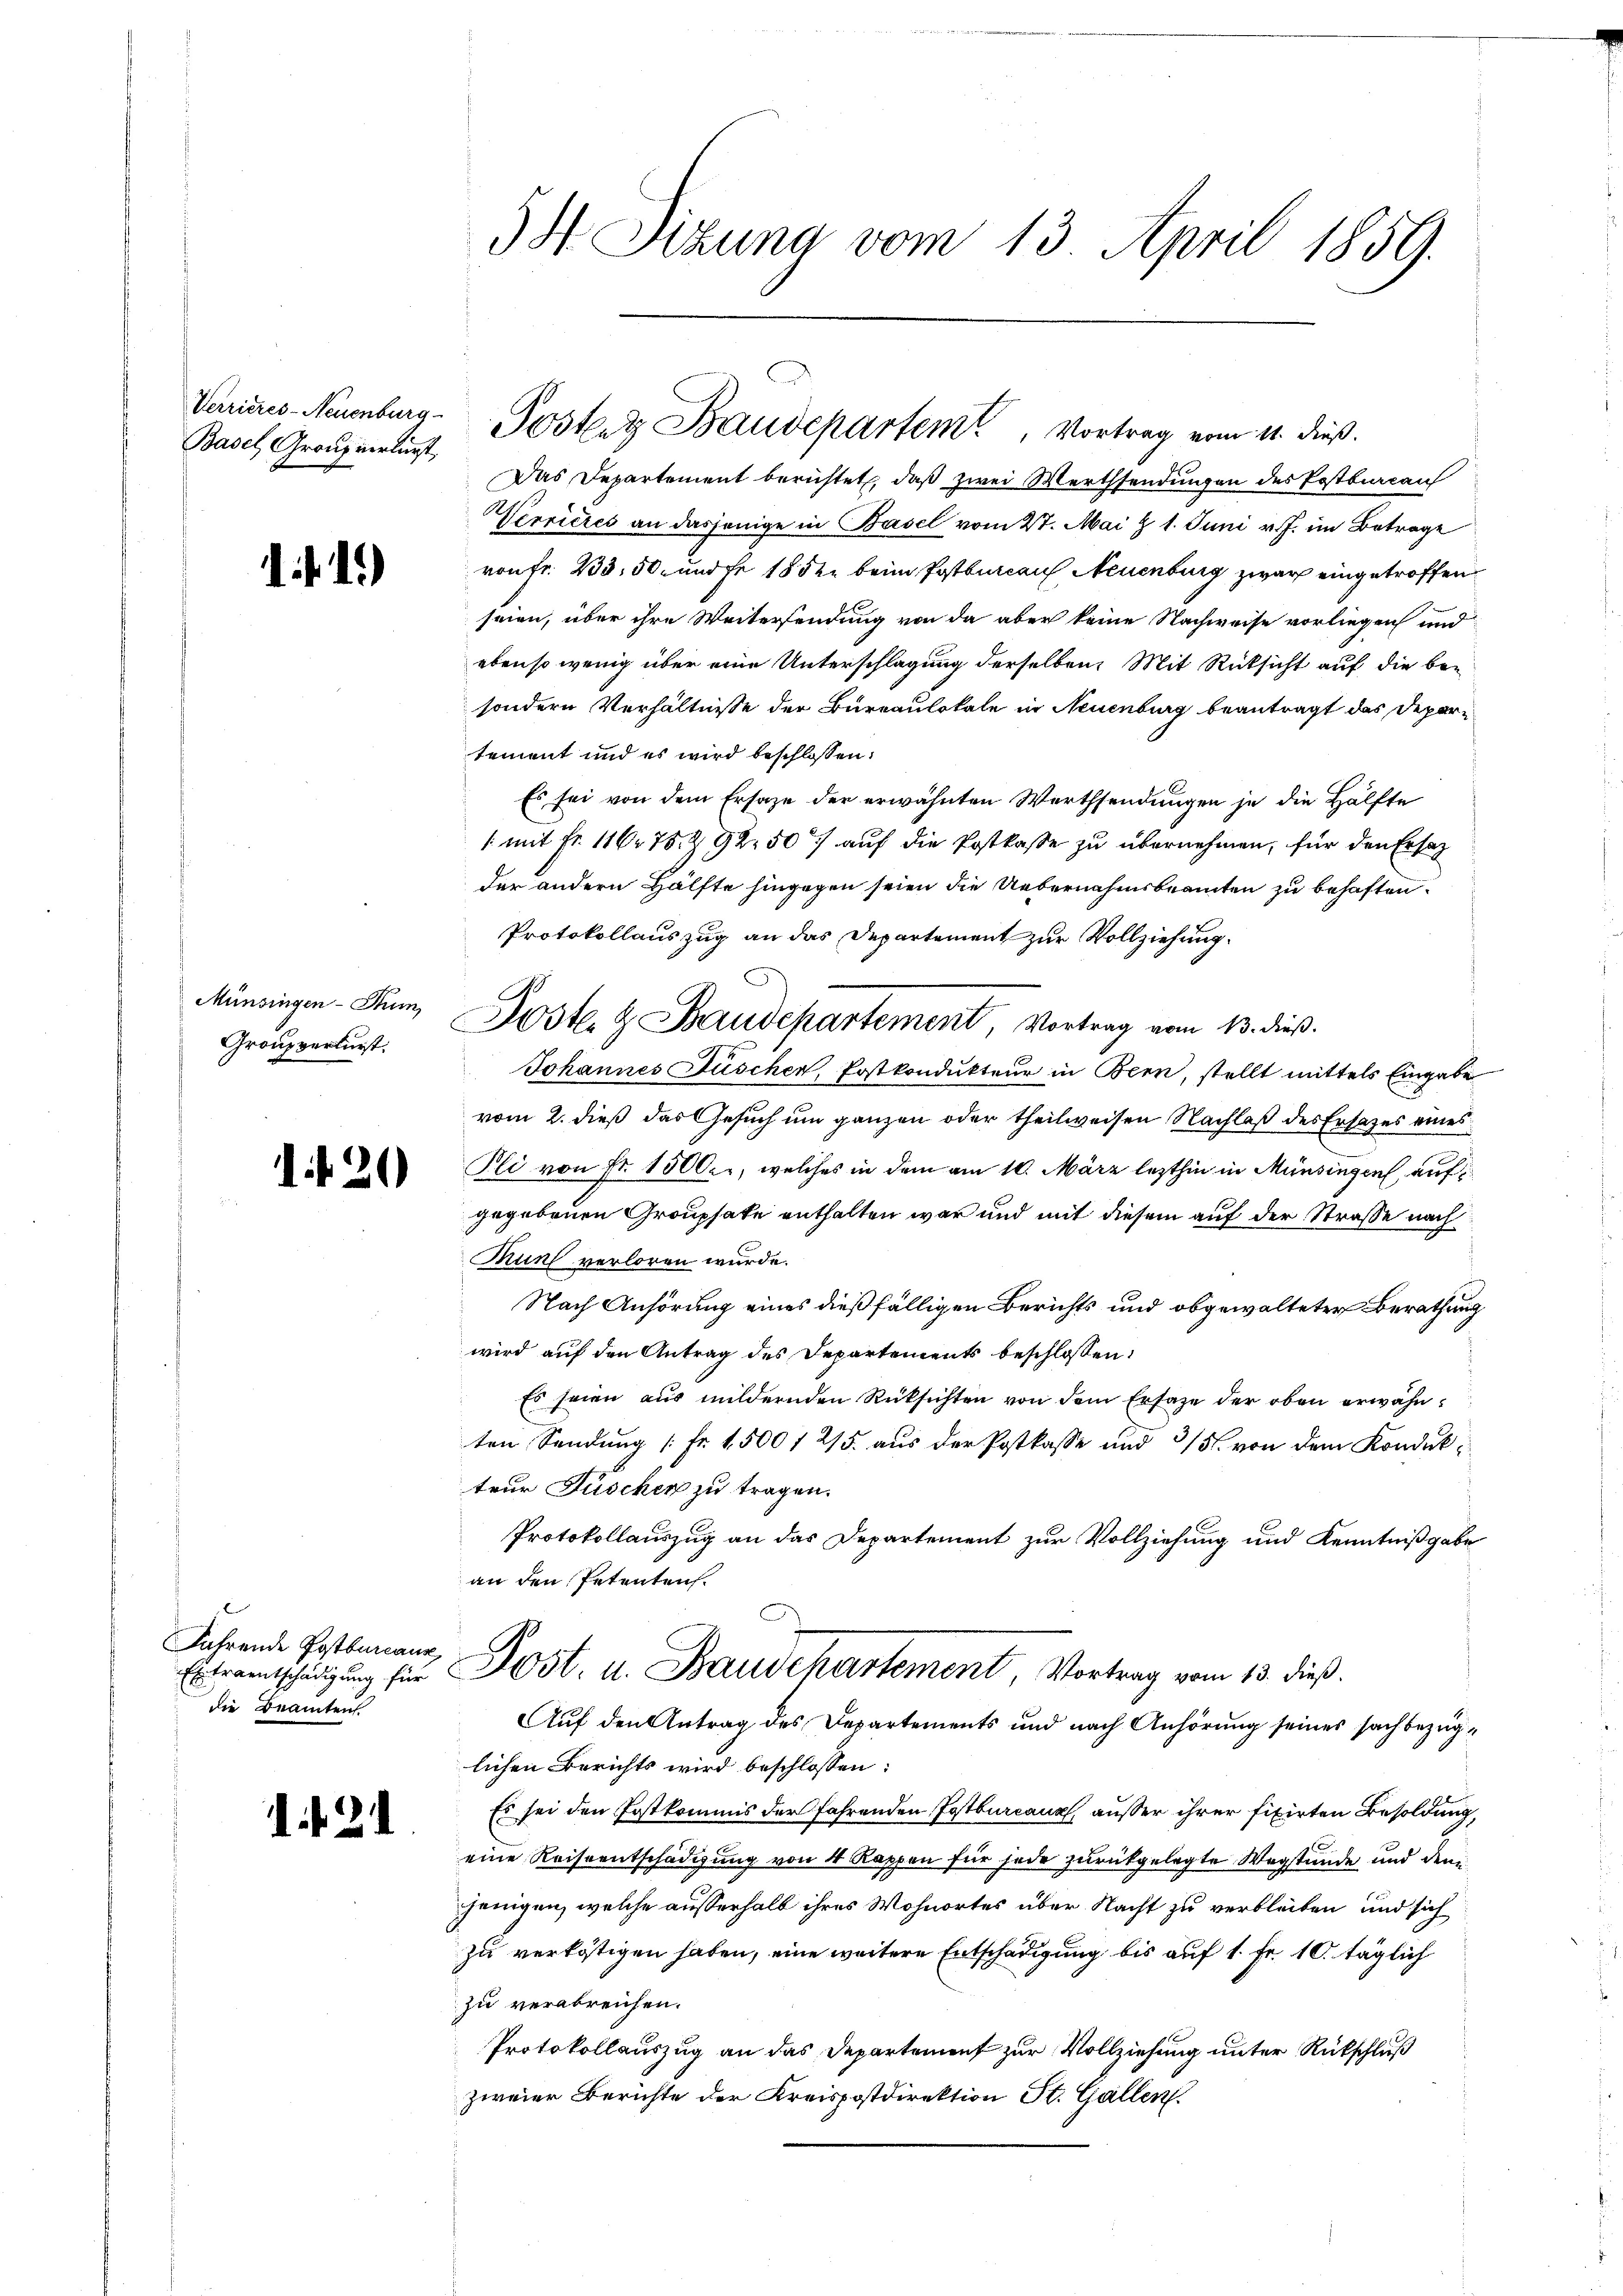
Verrieres-Neuenburg
Basel Grauz verlurst,

1. f. 1.)

Münsingen- Sum
Groupverlurst.

1 f 20

Fährende Postbureaur
Extraentschädigung für
die Beamten

1. 21

34 Stund vom 13. April 1859.

Das Departement berichtet, daß zwei Werthsendungen des Postbureau
Werrieres an dasjenige in Basel vom 27. Mai z 1. Juni v. J. im Betrage
von fr. 233, 50 und Fr. 18 der beim Postbureau, Neuenburg zwar eingetroffen
seien, über ihre Weitersendung von da aber keine Nachweise vorliegen und
ebenso wenig über eine Unterschlagung derselben Mit Rücksicht auf die besondern Verhältnisse der Bureaulokale in Neuenburg beantragt das Departement und es wird beschlossen:
Es sei von dem Ersatze der erwähnten Werthsendungen je die Hälfte
/: mit Fr. 116. 75. Z. 92, 507 auf die Postkasse zu übernehmen, für den Ersatz
der andern Hälfte hingegen seien die Uebernahmsbeamten zu behaften.
Protokollauszug an das Departement zur Vollziehung.
Poster & Baudepartement, Vortrag vom 13. dieß.
Johannes Düschen, Postkondukteur in Bern, stellt mittels Eingabe
vom 2. dieß das Gesuch um ganzen oder theilweisen Nachlaß des Ersatzes eines
Pli von Fr. 1500.r, welches in dem am 10. März lezthin in Münsingen, auf
gegebenen Grouphate enthalten war und mit diesem auf der Straße nach
Munt verloren wurde.
Nach Anhörung eines dießfälligen Berichts und obgewalteter Berathung
wird auf den Antrag des Departements beschlossen:
Es seien aus mildernden Rücksichten von dem Ersatze der oben erwähnten Sendung [Fr. 1500 f 215. aus der Postkasse und 3/5. von dem Konduk
teur Füschen zu tragen.
Protokollauszug an das Departement zur Vollziehung und Kenntnißgabe
an den Petenten.
Post. u. Baudchartement, Vortrag vom 13. dieß.
Auf den Antrag des Departements und nach Anhörung seines sachbezüglichen Berichts wird beschlossen:
Es sei den Postkommis der fahrenden Postbureaux, außer ihrer fixirten Besoldung,
eine Reiseentschädigung von 4 Rappen für jede zurückgelegte Wegstunde und den
jenigen, welche außerhalb ihres Wohnortes über Nacht zu verbleiben und sich
zu verköstigen haben, eine weitere Entschädigung bis auf 1. Fr. 10. täglich
zu verabreichen.
Protokollauszug an das Departement zur Vollziehung unter Rückschluß
zweier Berichte der Kreispostdirektion St. Gallen.

Postenz Baudepartem Vortrag vom 11. dieß.

C